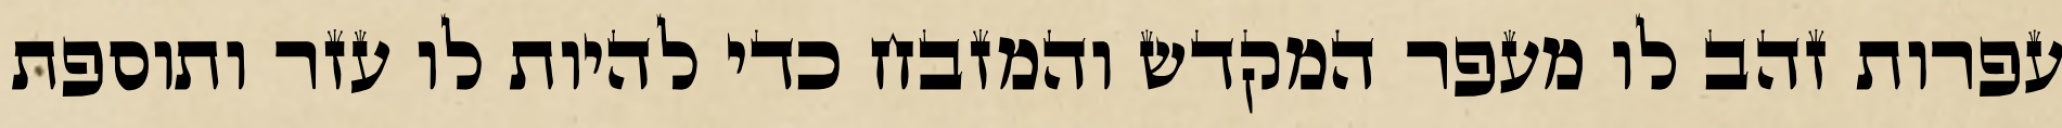
עפרות זהב לו מעפר המקדש והמזבח כדי להיות לו עזר ותוספת